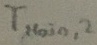
Text: TMAIN,2